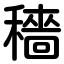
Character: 穡